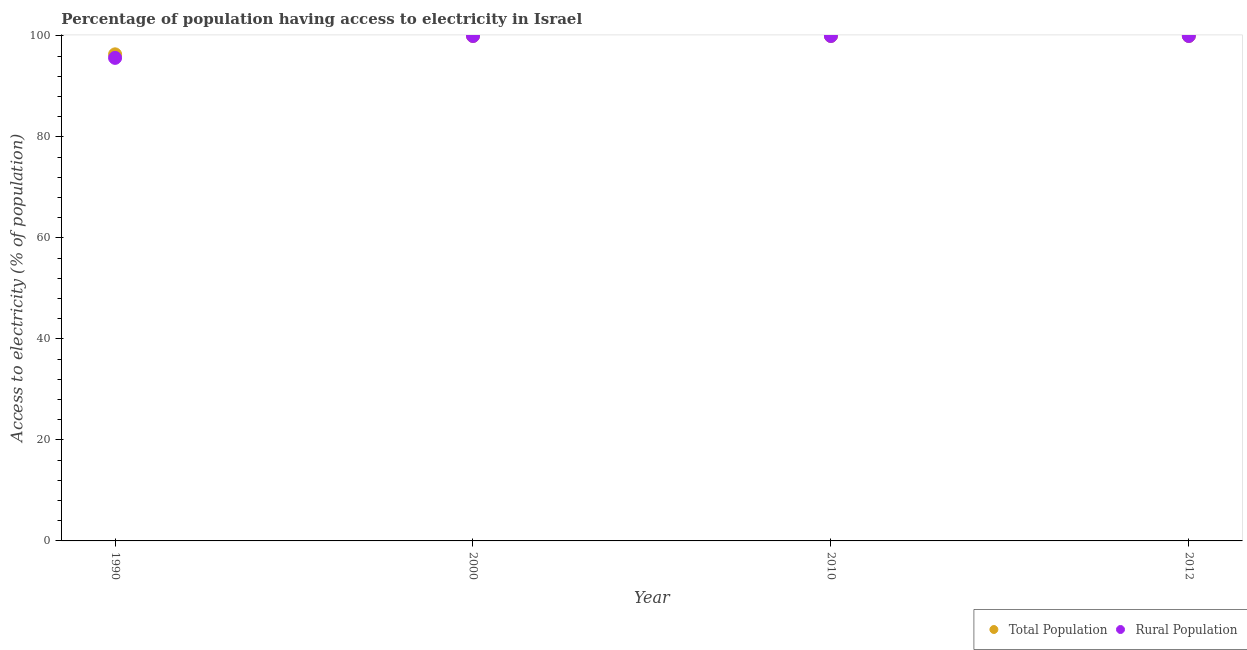
| Year | Total Population | Rural Population |
 | --- | --- | --- |
 | 1990 | 96.4 | 95.7 |
 | 2000 | 100 | 100 |
 | 2010 | 100 | 100 |
 | 2012 | 100 | 100 |